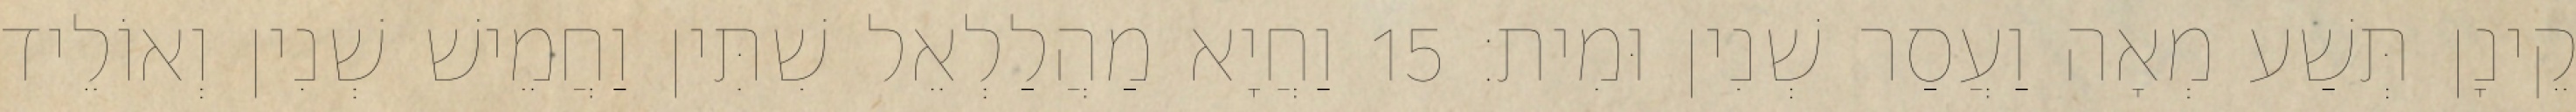
קֵינָן תְּשַׁע מְאָה וַעֲסַר שְׁנִין וּמִית׃ 15 וַחֲיָא מַהֲלַלְאֵל שִׁתִּין וַחֲמֵישׁ שְׁנִין וְאוֹלֵיד